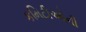
કમિટીઓની